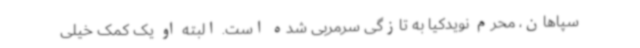
سپاهان، محرم نویدکیا به تازگی سرمربی شده است. البته او یک کمک خیلی